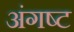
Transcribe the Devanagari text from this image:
अंगष्ट